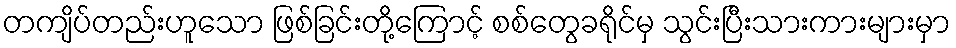
တကျိပ်တည်းဟူသော ဖြစ်ခြင်းတို့ကြောင့် စစ်တွေခရိုင်မှ သွင်းပြီးသားကားများမှာ